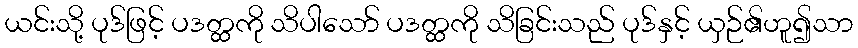
ယင်းသို့ ပုဒ်ဖြင့် ပဒတ္ထကို သိပါသော် ပဒတ္ထကို သိခြင်းသည် ပုဒ်နှင့် ယှဉ်၏ဟူ၍သာ